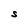
Character: S